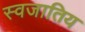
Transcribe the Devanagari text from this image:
स्वजातिय